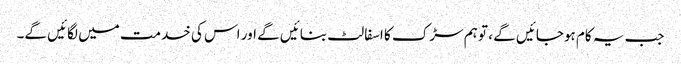
جب یہ کام ہوجائیں گے ، تو ہم سڑک کا اسفالٹ بنائیں گے اور اس کی خدمت میں لگائیں گے۔